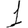
Digit: 1